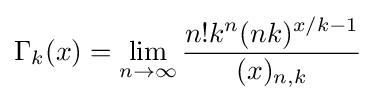
\Gamma _{k}(x)=\lim _{n\to \infty }{\frac {n!k^{n}(nk)^{x/k-1}}{(x)_{n,k}}}